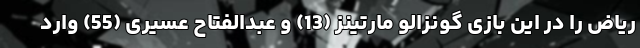
ریاض را در این بازی گونزالو مارتینز (13) و عبدالفتاح عسیری (55) وارد